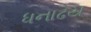
ધનાઢય